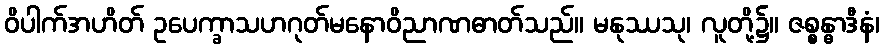
ဝိပါက်အဟိတ် ဥပေက္ခာသဟဂုတ်မနောဝိညာဏဓာတ်သည်။ မနုဿသု၊ လူတို့၌။ ဇစ္စန္ဓာဒီနံ၊